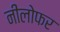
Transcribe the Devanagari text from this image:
नीलोफर